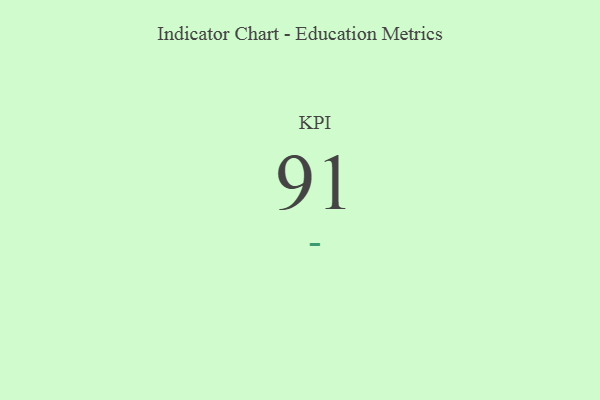
{"axis": {"x": "KPI", "y": "Value"}, "legend": [""], "data": [{"x": "KPI", "y": 91, "type": ""}]}